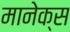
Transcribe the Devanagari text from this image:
मानेक्स